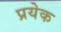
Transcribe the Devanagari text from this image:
प्रयेक